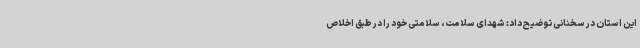
این استان در سخنانی توضیح داد: شهدای سلامت، سلامتی خود را در طبق اخلاص